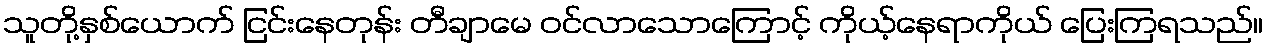
သူတို့နှစ်ယောက် ငြင်းနေတုန်း တီချာမေ ဝင်လာသောကြောင့် ကိုယ့်နေရာကိုယ် ပြေးကြရသည်။